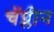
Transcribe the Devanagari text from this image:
चॅप्लीन